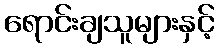
ရောင်းချသူများနှင့်